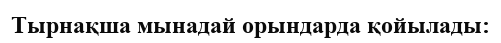
Тырнақша мынадай орындарда қойылады: